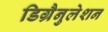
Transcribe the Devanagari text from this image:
डिग्रैनुलेशन